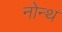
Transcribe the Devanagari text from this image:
नोन्थ